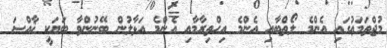
މުޖްތަމަޢުގައި އެންމެ ލޯތްބާއި އެންމެ އިޙްތިރާމާއި އެންމެ އަޅާލުން ބޭނުންވާ ބަޔަކީ ޚާއްޞަ